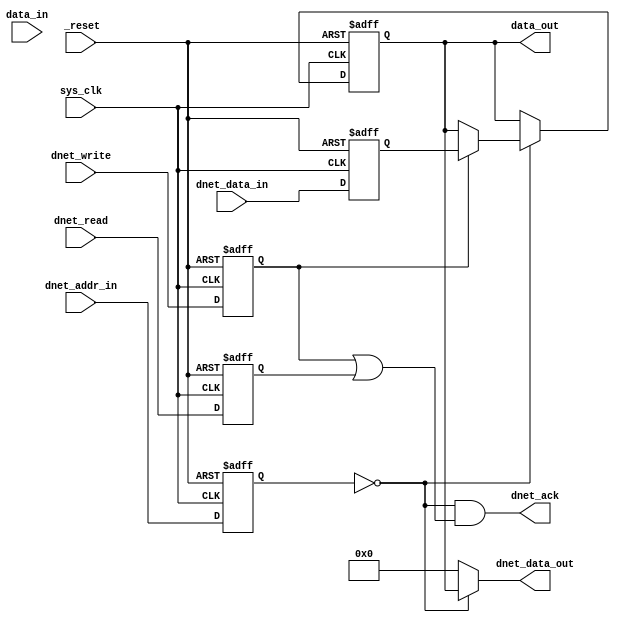
`timescale 1ns / 1ps
		
module fcl_dnet_io
	//------------------------------------------------------
	//--				External Parameters			 	  --
	//------------------------------------------------------
#(
    parameter 		 	TYPE = "REG",	// REG, STATUS, STROBE
	parameter integer 	WIDTH = 32,		// Max of DNET_DATA_WIDTH
	parameter integer 	DNET_ADDR_WIDTH = 16,
	parameter integer 	DNET_DATA_WIDTH = 32,
	parameter integer 	DNET_OFFSET = 0
)
	
	//------------------------------------------------------
	//--					Ports					 	  --
	//------------------------------------------------------
(
    input 	wire	_reset,
    input 	wire	sys_clk,
	
	input	wire 	[(WIDTH-1):0]	data_in,
	output	wire	[(WIDTH-1):0]	data_out,
	
	output	wire  	[(DNET_DATA_WIDTH-1):0] dnet_data_out,
	input	wire  	[(DNET_DATA_WIDTH-1):0] dnet_data_in,
	input	wire  	[(DNET_ADDR_WIDTH-1):0] dnet_addr_in,
	input 	wire 							dnet_read,
	input 	wire 							dnet_write,
	output	wire 							dnet_ack
);

	reg [(DNET_DATA_WIDTH-1):0] dnet_data_in_buf; 
	reg [(DNET_ADDR_WIDTH-1):0] dnet_addr_in_buf; 
	reg  dnet_read_buf; 
	reg  dnet_write_buf; 

	always @(posedge sys_clk or negedge _reset) begin 
		if (!_reset) begin
			dnet_data_in_buf <= {DNET_DATA_WIDTH{1'b0}};
			dnet_addr_in_buf <= {DNET_ADDR_WIDTH{1'b0}};
			dnet_read_buf <= 1'b0;
			dnet_write_buf <= 1'b0;
		end
		else begin
			dnet_data_in_buf <= dnet_data_in;
			dnet_addr_in_buf <= dnet_addr_in;
			dnet_read_buf <= dnet_read;
			dnet_write_buf <= dnet_write;
		end
	end
	
	generate
	if (TYPE=="REG") begin
		reg [(WIDTH-1):0] data_reg;
		
		always @(posedge sys_clk or negedge _reset) begin 
			if (!_reset) begin
				data_reg <= {WIDTH{1'b0}};
			end
			else begin
				if (dnet_addr_in_buf == DNET_OFFSET[(DNET_ADDR_WIDTH-1):0]) begin
					if (dnet_write_buf)	data_reg[(WIDTH-1):0] <= dnet_data_in_buf[(WIDTH-1):0];
				end
			end
		end
		assign dnet_ack = (dnet_addr_in_buf == DNET_OFFSET[(DNET_ADDR_WIDTH-1):0]) && (dnet_write_buf || dnet_read_buf);
		assign dnet_data_out = (dnet_addr_in_buf == DNET_OFFSET[(DNET_ADDR_WIDTH-1):0]) ? {{(DNET_DATA_WIDTH-WIDTH){1'b0}},data_reg[(WIDTH-1):0]} : {DNET_DATA_WIDTH{1'b0}};
		assign data_out = data_reg;
	end
	else if (TYPE=="STATUS") begin
		assign dnet_ack = (dnet_addr_in_buf == DNET_OFFSET[(DNET_ADDR_WIDTH-1):0]) && dnet_read_buf;
		assign dnet_data_out = (dnet_addr_in_buf == DNET_OFFSET[(DNET_ADDR_WIDTH-1):0]) ? {{(DNET_DATA_WIDTH-WIDTH){1'b0}},data_in[(WIDTH-1):0]} : {DNET_DATA_WIDTH{1'b0}};
		assign data_out = data_in;
	end
	else begin
		reg [(WIDTH-1):0] data_reg;
		
		always @(posedge sys_clk or negedge _reset) begin 
			if (!_reset) begin
				data_reg <= {WIDTH{1'b0}};
			end
			else begin
				if (dnet_addr_in_buf == DNET_OFFSET[(DNET_ADDR_WIDTH-1):0]) begin
					if (dnet_write_buf)	data_reg[(WIDTH-1):0] <= dnet_data_in_buf[(WIDTH-1):0];
					else  data_reg <= {WIDTH{1'b0}};
				end
				else 
					data_reg <= {WIDTH{1'b0}};
			end
		end
		assign dnet_ack = (dnet_addr_in_buf == DNET_OFFSET[(DNET_ADDR_WIDTH-1):0]) && dnet_write_buf;
		assign dnet_data_out = {DNET_DATA_WIDTH{1'b0}};
		assign data_out = data_reg;
	end
	endgenerate

endmodule